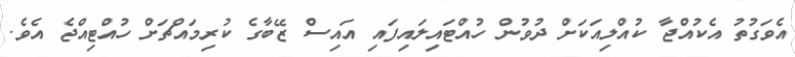
އެވަގުތު އެކުއްޖާ ކުއްލިއަކަށް ދުވުން ހުއްޓައިލައިފައި އައިސް ޒޭބާގެ ކުރިމައްޗަށް ހުއްޓިއްޖެ އެވެ.